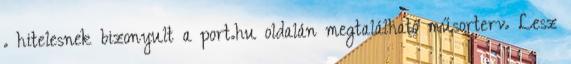
. hitelesnek bizonyult a port.hu oldalán megtalálható műsorterv. Lesz